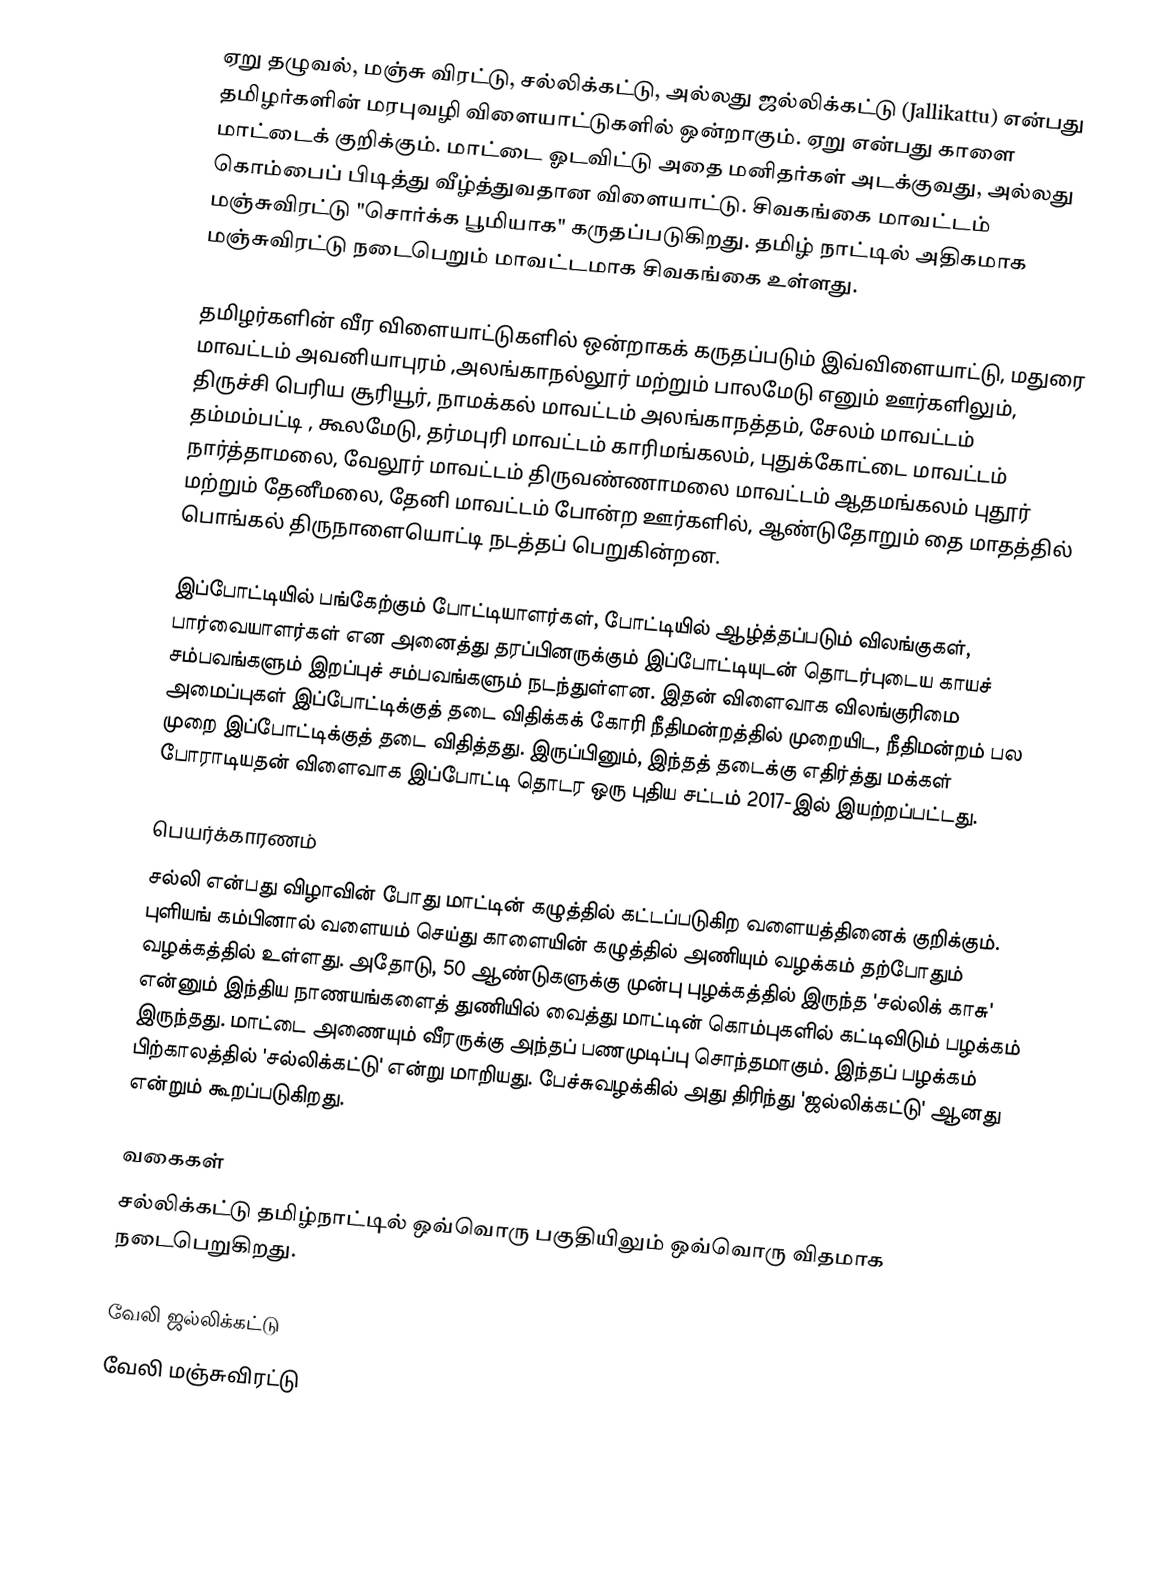
ஏறு தழுவல், மஞ்சு விரட்டு, சல்லிக்கட்டு, அல்லது ஜல்லிக்கட்டு (Jallikattu) என்பது தமிழர்களின் மரபுவழி விளையாட்டுகளில் ஒன்றாகும். ஏறு என்பது காளை மாட்டைக் குறிக்கும். மாட்டை ஓடவிட்டு அதை மனிதர்கள் அடக்குவது, அல்லது கொம்பைப் பிடித்து வீழ்த்துவதான விளையாட்டு. சிவகங்கை மாவட்டம் மஞ்சுவிரட்டு "சொர்க்க பூமியாக" கருதப்படுகிறது. தமிழ் நாட்டில் அதிகமாக மஞ்சுவிரட்டு நடைபெறும் மாவட்டமாக சிவகங்கை உள்ளது.

தமிழர்களின் வீர விளையாட்டுகளில் ஒன்றாகக் கருதப்படும் இவ்விளையாட்டு, மதுரை மாவட்டம் அவனியாபுரம் ,அலங்காநல்லூர் மற்றும் பாலமேடு எனும் ஊர்களிலும், திருச்சி பெரிய சூரியூர், நாமக்கல் மாவட்டம் அலங்காநத்தம், சேலம் மாவட்டம் தம்மம்பட்டி , கூலமேடு, தர்மபுரி மாவட்டம் காரிமங்கலம், புதுக்கோட்டை மாவட்டம் நார்த்தாமலை, வேலூர் மாவட்டம் திருவண்ணாமலை மாவட்டம் ஆதமங்கலம் புதூர் மற்றும் தேனீமலை, தேனி மாவட்டம் போன்ற ஊர்களில், ஆண்டுதோறும் தை மாதத்தில் பொங்கல் திருநாளையொட்டி நடத்தப் பெறுகின்றன.

இப்போட்டியில் பங்கேற்கும் போட்டியாளர்கள், போட்டியில் ஆழ்த்தப்படும் விலங்குகள், பார்வையாளர்கள் என அனைத்து தரப்பினருக்கும் இப்போட்டியுடன் தொடர்புடைய காயச் சம்பவங்களும் இறப்புச் சம்பவங்களும் நடந்துள்ளன. இதன் விளைவாக விலங்குரிமை அமைப்புகள் இப்போட்டிக்குத் தடை விதிக்கக் கோரி நீதிமன்றத்தில் முறையிட, நீதிமன்றம் பல முறை இப்போட்டிக்குத் தடை விதித்தது. இருப்பினும், இந்தத் தடைக்கு எதிர்த்து மக்கள் போராடியதன் விளைவாக இப்போட்டி தொடர ஒரு புதிய சட்டம் 2017-இல் இயற்றப்பட்டது.

பெயர்க்காரணம்
சல்லி என்பது விழாவின் போது மாட்டின் கழுத்தில் கட்டப்படுகிற வளையத்தினைக் குறிக்கும். புளியங் கம்பினால் வளையம் செய்து காளையின் கழுத்தில் அணியும் வழக்கம் தற்போதும் வழக்கத்தில் உள்ளது. அதோடு, 50 ஆண்டுகளுக்கு முன்பு புழக்கத்தில் இருந்த 'சல்லிக் காசு' என்னும் இந்திய நாணயங்களைத் துணியில் வைத்து மாட்டின் கொம்புகளில் கட்டிவிடும் பழக்கம் இருந்தது. மாட்டை அணையும் வீரருக்கு அந்தப் பணமுடிப்பு சொந்தமாகும். இந்தப் பழக்கம் பிற்காலத்தில் 'சல்லிக்கட்டு' என்று மாறியது. பேச்சுவழக்கில் அது திரிந்து 'ஜல்லிக்கட்டு' ஆனது என்றும் கூறப்படுகிறது.

வகைகள்
சல்லிக்கட்டு தமிழ்நாட்டில் ஒவ்வொரு பகுதியிலும் ஒவ்வொரு விதமாக நடைபெறுகிறது.

வேலி ஜல்லிக்கட்டு
வேலி மஞ்சுவிரட்டு